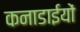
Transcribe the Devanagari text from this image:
कनाडाईयों